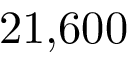
2 1 \small { , } 6 0 0